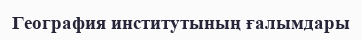
География институтының ғалымдары